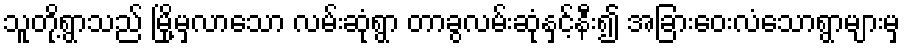
သူတို့ရွာသည် မြို့မှလာသော လမ်းဆုံရွာ တာခွလမ်းဆုံနှင့်နီး၍ အခြားဝေးလံသောရွာများမှ